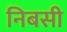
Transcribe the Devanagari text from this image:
निबसी